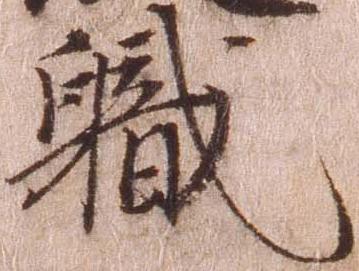
職